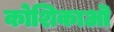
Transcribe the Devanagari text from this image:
कोशिकाऒ